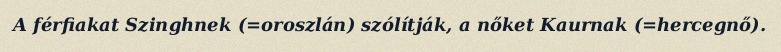
A férfiakat Szinghnek (=oroszlán) szólítják, a nőket Kaurnak (=hercegnő).